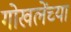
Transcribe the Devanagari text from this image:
गोखलेंच्या